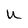
Character: U